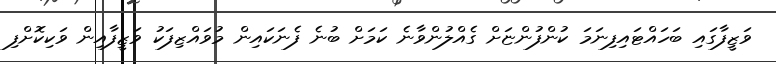
ވަޒީފާގައި ބަހައްޓައިފިނަމަ ކުންފުންޏަށް ގެއްލުންވާނެ ކަމަށް ބުނެ ފެނަކައިން މުވައްޒިފަކު ވަޒީފާއިން ވަކިކޮށްފި